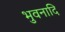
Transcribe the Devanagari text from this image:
भुवनादि